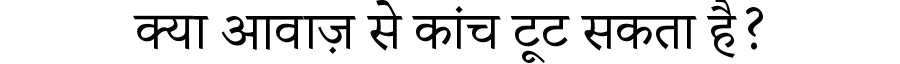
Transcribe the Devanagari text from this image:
क्या आवाज़ से कांच टूट सकता है?